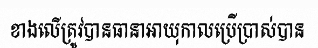
ខាងលើត្រូវបានធានាអាយុកាលប្រើប្រាស់បាន